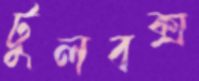
টুলবক্স